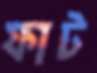
ফাট